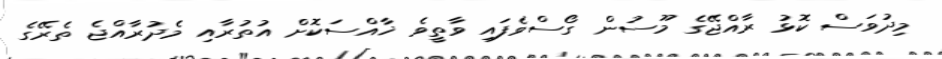
މިދުވަސް ކޮޅު ރާއްޖޭގެ މޫސުން ގޯސްވެފައި ވާތީވެ ޚާއްސަކޮށް އުތުރާއި މެދުރާއްޖެ ތެރޭގެ